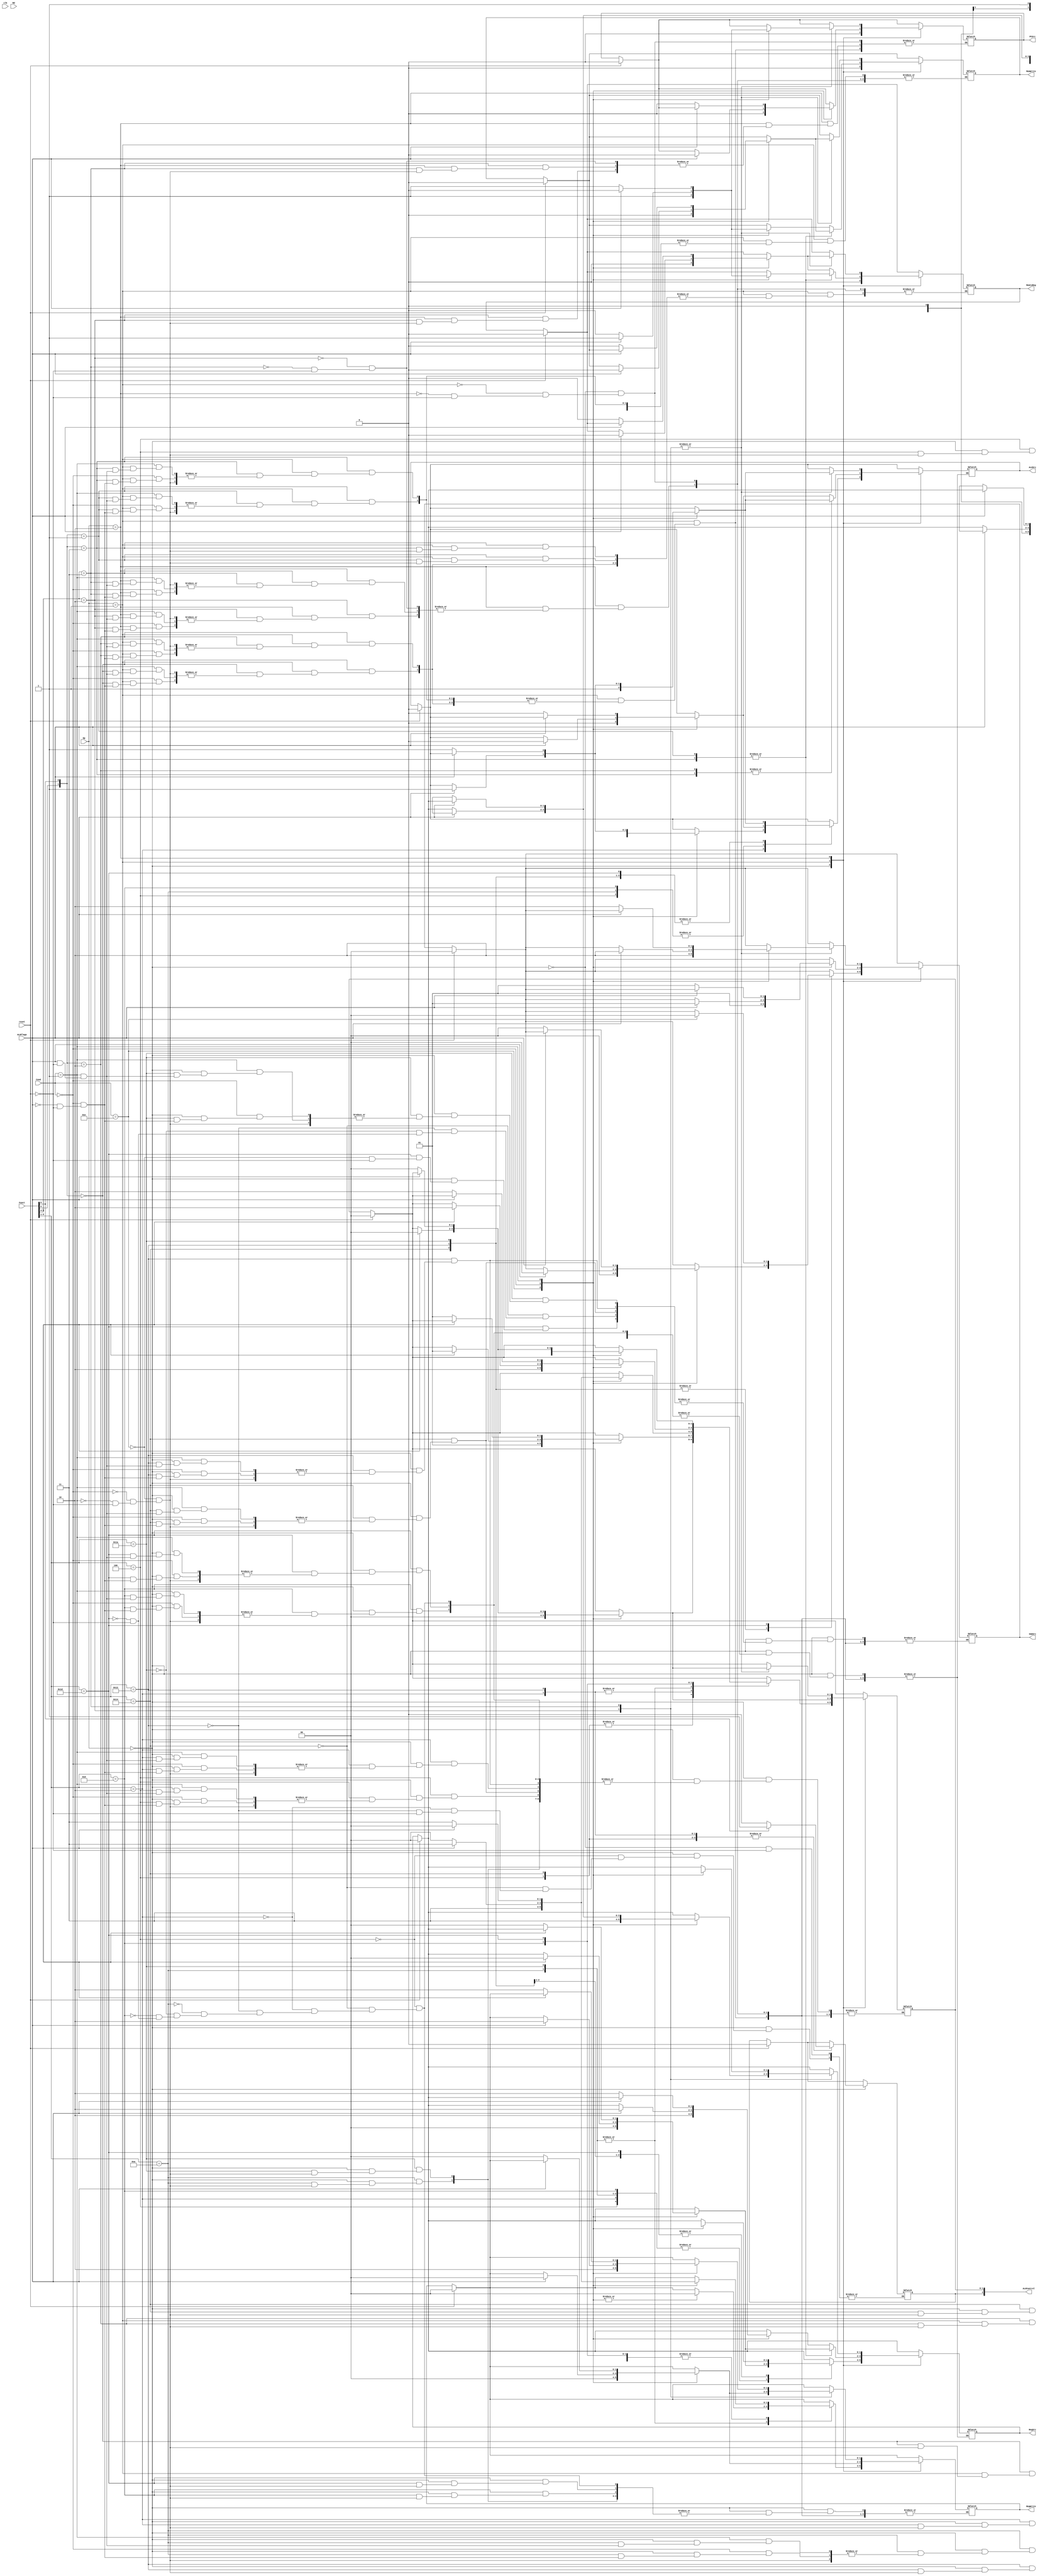
module ControlUnit(
	input clk, reset,
	input [3:0] Cond,
	input [2:0] Op,
	input [5:0] Funct,
	input [3:0] Rd,
	input ALUFlags,
    output reg [1:0] RegSrc,
    output reg [1:0] RegWrite,
    output reg [1:0] ImmSrc,
    output reg ALUSrc,
    output reg [2:0] ALUControl,
    output reg MemWrite,
	output reg MemtoReg,
    output reg PCSrc);
	//first check the OP
	//then Funct
	//then condcheck
	 


always @(*)
begin
	if(reset ==1'b1)
	begin
		RegSrc = 2'b00;
		ALUControl[2] = 0;
		ALUControl[1:0] = 2'b00;
		PCSrc = 1'b0;
		MemtoReg = 1'b0;
		MemWrite = 1'b0;
		ALUSrc = 1'b0;
		ImmSrc = 2'b00;
		RegWrite = 2'b00;
	end
	case (Op)
		2'b00://ADD,SUB,CMP,MOV
		begin
		PCSrc = 1'b0;
		MemtoReg = 1'b0;
		MemWrite = 1'b0;
		casex(Funct)
			6'b00100x://ADD
			begin 
				casex(Cond)//AL, EQ, NE
				4'b1110://ADDAL
				begin
					ALUSrc = 1'b0;
					ALUControl[1:0] = 2'b00;
					//IMMSRC DONTCARE
					RegWrite = 2'b11; //REGWRITE 1bit?
					RegSrc = 2'b00;
				end
				4'b0000://ADDEQ
				begin
					if(ALUFlags==1)
					begin
						ALUSrc = 1'b0;
						ALUControl[1:0] = 2'b00;
						//IMMSRC DONTCARE
						RegWrite = 2'b11; //REGWRITE 1bit?
						RegSrc = 2'b00;
					end
					else
					begin
						RegWrite = 2'b00;
						//others, dont care
					end
				end
				4'b0001://ADDNE
				begin
					if(ALUFlags==0)
					begin
						ALUSrc = 1'b0;
						ALUControl[1:0] = 2'b00;
						//IMMSRC DONTCARE
						RegWrite = 2'b11; //REGWRITE 1bit?
						RegSrc = 2'b00;
					end
					else
					begin
						RegWrite = 2'b00;
						//others, dont care
					end
				end
				endcase
				if(Funct[0]==1)
				begin
					ALUControl[2] = 1; //if this is 1, update flag
				end
				else begin
					ALUControl[2] = 0;
				end
			end
			6'b10100x://ADDi
			begin 
				casex(Cond)//AL, EQ, NE
				4'b1110://ADDiAL
				begin
					ALUSrc = 1'b1;
					ALUControl[1:0] = 2'b00;
					ImmSrc = 2'b00;
					RegWrite = 2'b11; //REGWRITE 1bit?
					RegSrc = 2'bx0; //REGSRC[1] is DC
				end
				4'b0000://ADDiEQ
				begin
					if(ALUFlags==1)
					begin
						ALUSrc = 1'b1;
						ALUControl[1:0] = 2'b00;
						ImmSrc = 2'b00;
						RegWrite = 2'b11; //REGWRITE 1bit?
						RegSrc = 2'bx0;
					end
					else
					begin
						RegWrite = 2'b00;
						//others, dont care
					end
				end
				4'b0001://ADDiNE
				begin
					if(ALUFlags==0)
					begin
						ALUSrc = 1'b1;
						ALUControl[1:0] = 2'b00;
						ImmSrc = 2'b00;
						RegWrite = 2'b11; //REGWRITE 1bit?
						RegSrc = 2'bx0;
					end
					else
					begin
						RegWrite = 2'b00;
						//others, dont care
					end
				end
				endcase
				if(Funct[0]==1)
				begin
					ALUControl[2] = 1; //if this is 1, update flag
				end
				else begin
					ALUControl[2] = 0;
				end
			end
			6'b00010x://SUB
			begin
				casex(Cond)//AL, EQ, NE
				4'b1110://SUBAL
				begin
					ALUSrc = 1'b0;
					ALUControl[1:0] = 2'b01;
					//IMMSRC DONTCARE
					RegWrite = 2'b11; //REGWRITE 1bit?
					RegSrc = 2'b00;
				end
				4'b0000://SUBEQ
				begin
					if(ALUFlags==1)
					begin
						ALUSrc = 1'b1;
						ALUControl[1:0] = 2'b01;
						//IMMSRC DONTCARE
						RegWrite = 2'b11; //REGWRITE 1bit?
						RegSrc = 2'b00;
					end
					else
					begin
						RegWrite = 2'b00;
						//others, dont care
					end
				end
				4'b0001://SUBNE
				begin
					if(ALUFlags==0)
					begin
						ALUSrc = 1'b1;
						ALUControl[1:0] = 2'b01;
						//IMMSRC DONTCARE
						RegWrite = 2'b11; //REGWRITE 1bit?
						RegSrc = 2'b00;
					end
					else
					begin
						RegWrite = 2'b00;
						//others, dont care
					end
				end
				endcase
				if(Funct[0]==1)
				begin
					ALUControl[2] = 1; //if this is 1, update flag
				end
				else begin
					ALUControl[2] = 0;
				end
			end
			6'b10010x://SUBi
			begin
				casex(Cond)//AL, EQ, NE
				4'b1110://SUBiAL
				begin
					ALUSrc = 1'b1;
					ALUControl[1:0] = 2'b01;
					ImmSrc = 2'b00;
					RegWrite = 2'b11; //REGWRITE 1bit?
					RegSrc = 2'bx0;
				end
				4'b0000://SUBiEQ
				begin
					if(ALUFlags==1)
					begin
						ALUSrc = 1'b1;
						ALUControl[1:0] = 2'b01;
						ImmSrc = 2'b00;
						RegWrite = 2'b11; //REGWRITE 1bit?
						RegSrc = 2'bx0;
					end
					else
					begin
						RegWrite = 2'b00;
						//others, dont care??
					end
				end
				4'b0001://SUBiNE
				begin
					if(ALUFlags==0)
					begin
						ALUSrc = 1'b1;
						ALUControl[1:0] = 2'b01;
						ImmSrc = 2'b00;
						RegWrite = 2'b11; //REGWRITE 1bit?
						RegSrc = 2'bx0;
					end
					else
					begin
						RegWrite = 2'b00;
						//others, dont care??
					end
				end
				endcase
				if(Funct[0]==1)
				begin
					ALUControl[2] = 1; //if this is 1, update flag
				end
				else begin
					ALUControl[2] = 0;
				end
			end
			6'b01010x://CMP
			begin
				casex(Cond)//AL, EQ, NE
				4'b1110://CMPAL
				begin
					ALUControl[1:0] = 2'b11;
					ALUSrc = 1'b0; //cmpi -> 1
					//IMMSRC DONTCARE
					RegWrite = 2'b00;
					RegSrc = 2'b00; //CMPi -> DC

				end
				4'b0000://CMPEQ
				begin
					if(ALUFlags==1)
					begin
						ALUSrc = 1'b0;
						ALUControl[1:0] = 2'b11;
						//IMMSRC DONTCARE
						RegWrite = 2'b00; 
						RegSrc = 2'b00; //CMPi -> DC
					end
					else
					begin
						RegWrite = 2'b00;
						ALUControl[1:0] = 2'b00; // NOT TO update flags -> NOT 11
						//others, dont care??
					end
				end
				4'b0001://CMPNE
				begin
					if(ALUFlags==0)
					begin
						ALUSrc = 1'b0;
						ALUControl[1:0] = 2'b11;
						//IMMSRC DONTCARE
						RegWrite = 2'b00; 
						RegSrc = 2'b00; //CMPi -> DC
					end
					else
					begin
						RegWrite = 2'b00;
						ALUControl[1:0] = 2'b00; // NOT TO update flags -> NOT 11
						//others, dont care??
					end
				end
				endcase
			end
			6'b11010x://CMPi
			begin
				casex(Cond)//AL, EQ, NE
				4'b1110://CMPiAL
				begin
					ALUSrc = 1'b1;
					ALUControl[1:0] = 2'b11;
					ImmSrc = 2'b00;
					RegWrite = 2'b00;
					RegSrc = 2'b00;
				end
				4'b0000://CMPiEQ
				begin
					if(ALUFlags==1)
					begin
						ALUSrc = 1'b1;
						ALUControl[1:0] = 2'b11;
						ImmSrc = 2'b00;
						RegWrite = 2'b00; 
						RegSrc = 2'b00; //CMPi -> DC
					end
					else
					begin
						RegWrite = 2'b00;
						ALUControl[1:0] = 2'b00; // NOT TO update flags -> NOT 11
						//others, dont care??
					end
				end
				4'b0001://CMPiNE
				begin
					if(ALUFlags==0)
					begin
						ALUSrc = 1'b1;
						ALUControl[1:0] = 2'b11;
						ImmSrc = 2'b00;
						RegWrite = 2'b00; 
						RegSrc = 2'b00; //CMPi -> DC
					end
					else
					begin
						RegWrite = 2'b00;
						ALUControl[1:0] = 2'b00; // NOT TO update flags -> NOT 11
						//others, dont care??
					end
				end
				endcase
			end
			6'b01101x://MOV
			begin
				casex(Cond)//AL, EQ, NE
				4'b1110://MOVAL
				begin
					ALUControl[1:0] = 2'b10;
					ALUSrc = 1'b0;
					//IMMSRC DONTCARE
					RegWrite = 2'b11;
					RegSrc = 2'b00;
				end
				4'b0000://MOVEQ
				begin
					if(ALUFlags==1)
					begin
						ALUSrc = 1'b0;
						ALUControl[1:0] = 2'b10;
						RegWrite = 2'b11; 
						RegSrc = 2'b00; 
					end
					else
					begin
						RegWrite = 2'b00; //not write on reg -->meaning instr is not execute
						//others, dont care??
					end
				end
				4'b0001://MOVNE
				begin
					if(ALUFlags==0)
					begin
						ALUSrc = 1'b0;
						ALUControl[1:0] = 2'b10;
						RegWrite = 2'b11; 
						RegSrc = 2'b00; 
					end
					else
					begin
						RegWrite = 2'b00; //not write on reg -->meaning instr is not execute
						//others, dont care??
					end
				end
				endcase
			end
			6'b11101x://MOVi
			begin
				casex(Cond)//AL, EQ, NE
				4'b1110://MOViAL
				begin
					ALUControl[1:0] = 2'b10;
					ALUSrc = 1'b1;
					ImmSrc = 2'b00;
					RegWrite = 2'b11;
					RegSrc = 2'bx0;
				end
				4'b0000://MOViEQ
				begin
					if(ALUFlags==1)
					begin
						ALUSrc = 1'b1;
						ALUControl[1:0] = 2'b00;
						RegWrite = 2'b11; 
						RegSrc = 2'bx0; 
					end
					else
					begin
						RegWrite = 2'b00; //not write on reg -->meaning instr is not execute
						//others, dont care??
					end
				end
				4'b0001://MOViNE
				begin
					if(ALUFlags==0)
					begin
						ALUSrc = 1'b1;
						ALUControl[1:0] = 2'b00;
						RegWrite = 2'b11; 
						RegSrc = 2'bx0; 
					end
					else
					begin
						RegWrite = 2'b00; //not write on reg -->meaning instr is not execute
						//others, dont care??
					end
				end
				endcase
			end
		endcase
		end

		2'b01: //STR,LDR
		begin
		casex(Funct)
			6'b0xxxx0://STR
			begin
				casex(Cond)//AL, EQ, NE
				4'b1110://STRAL
				begin
					PCSrc = 1'b0;
					MemtoReg = 1'b0;
					MemWrite = 1'b1;
					ALUControl[1:0] = 2'b00;
					ALUSrc = 1'b0;
					ImmSrc = 2'b01;
					RegWrite = 2'b00;
					RegSrc = 2'b10;
				end
				4'b0000://STREQ
				begin
					if(ALUFlags==1)
					begin
						PCSrc = 1'b0;
						MemtoReg = 1'b0;
						MemWrite = 1'b1;
						ALUControl[1:0] = 2'b00;
						ALUSrc = 1'b0;
						ImmSrc = 2'b01;
						RegWrite = 2'b00;
						RegSrc = 2'b10;
					end
					else
					begin//How to not excute instruction?
					//Maybe inverse 0 to 1 memwrite
						MemWrite = 1'b0;
					end
				end
				4'b0001://STRNE
				begin
					if(ALUFlags==0)
					begin
						PCSrc = 1'b0;
						MemtoReg = 1'b0;
						MemWrite = 1'b1;
						ALUControl[1:0] = 2'b00;
						ALUSrc = 1'b0;
						ImmSrc = 2'b01;
						RegWrite = 2'b00;
						RegSrc = 2'b10;
					end
					else
					begin//How to not excute instruction?
					//Maybe inverse 0 to 1 memwrite
						MemWrite = 1'b0;
					end
				end
				endcase
			end
			6'b1xxxx0://STRi
			begin
				casex(Cond)//AL, EQ, NE
				4'b1110://STRiAL
				begin
					PCSrc = 1'b0;
					MemtoReg = 1'b0;
					MemWrite = 1'b1;
					ALUControl[1:0] = 2'b00;
					ALUSrc = 1'b1;
					ImmSrc = 2'b01;
					RegWrite = 2'b00;
					RegSrc = 2'b10;
				end
				4'b0000://STRiEQ
				begin
					if(ALUFlags==1)
					begin
						PCSrc = 1'b0;
						MemtoReg = 1'b0;
						MemWrite = 1'b1;
						ALUControl[1:0] = 2'b00;
						ALUSrc = 1'b1;
						ImmSrc = 2'b01;
						RegWrite = 2'b00;
						RegSrc = 2'b10;
					end
					else
					begin//How to not excute instruction?
					//Maybe inverse 0 to 1 memwrite
						MemWrite = 1'b0;
					end
				end
				4'b0001://STRiNE
				begin
					if(ALUFlags==0)
					begin
						PCSrc = 1'b0;
						MemtoReg = 1'b0;
						MemWrite = 1'b1;
						ALUControl[1:0] = 2'b00;
						ALUSrc = 1'b1;
						ImmSrc = 2'b01;
						RegWrite = 2'b00;
						RegSrc = 2'b10;
					end
					else
					begin//How to not excute instruction?
					//Maybe inverse 0 to 1 memwrite
						MemWrite = 1'b0;
					end
				end
				endcase
			end
			6'b0xxxx1://LDR
			begin
				casex(Cond)//AL, EQ, NE
				4'b1110://LDRAL
				begin
					PCSrc = 1'b0;
					MemtoReg = 1'b1;
					MemWrite = 1'b0;
					ALUControl[1:0] = 2'b00;
					ALUSrc = 1'b0;
					ImmSrc = 2'b01;
					RegWrite = 2'b00;
					RegSrc = 2'b00;
				end
				4'b0000://LDREQ
				begin
					if(ALUFlags==1)
					begin
						PCSrc = 1'b0;
						MemtoReg = 1'b1;
						MemWrite = 1'b0;
						ALUControl[1:0] = 2'b00;
						ALUSrc = 1'b0;
						ImmSrc = 2'b01;
						RegWrite = 2'b00;
						RegSrc = 2'b00;
					end
					else
					begin//How to not excute instruction?
					//Maybe inverse 0 to 1 memtoreg
						MemtoReg = 1'b0;
					end
				end
				4'b0001://LDRNE
				begin
					if(ALUFlags==0)
					begin
						PCSrc = 1'b0;
						MemtoReg = 1'b1;
						MemWrite = 1'b0;
						ALUControl[1:0] = 2'b00;
						ALUSrc = 1'b0;
						ImmSrc = 2'b01;
						RegWrite = 2'b00;
						RegSrc = 2'b00;
					end
					else
					begin//How to not excute instruction?
					//Maybe inverse 0 to 1 memtoreg
						MemtoReg = 1'b0;
					end
				end
				endcase
			end
			6'b1xxxx1://LDRi
			begin
				casex(Cond)//AL, EQ, NE
				4'b1110://LDRiAL
				begin
					PCSrc = 1'b0;
					MemtoReg = 1'b1;
					MemWrite = 1'b0;
					ALUControl[1:0] = 2'b00;
					ALUSrc = 1'b1;
					ImmSrc = 2'b01;
					RegWrite = 2'b00;
					RegSrc = 2'b00;
				end
				4'b0000://LDRiEQ
				begin
					if(ALUFlags==1)
					begin
						PCSrc = 1'b0;
						MemtoReg = 1'b1;
						MemWrite = 1'b0;
						ALUControl[1:0] = 2'b00;
						ALUSrc = 1'b1;
						ImmSrc = 2'b01;
						RegWrite = 2'b00;
						RegSrc = 2'b00;
					end
					else
					begin//How to not excute instruction?
					//Maybe inverse 0 to 1 memtoreg
						MemtoReg = 1'b0;
					end
				end
				4'b0001://LDRiNE
				begin
					if(ALUFlags==0)
					begin
						PCSrc = 1'b0;
						MemtoReg = 1'b1;
						MemWrite = 1'b0;
						ALUControl[1:0] = 2'b00;
						ALUSrc = 1'b1;
						ImmSrc = 2'b01;
						RegWrite = 2'b00;
						RegSrc = 2'b00;
					end
					else
					begin//How to not excute instruction?
					//Maybe inverse 0 to 1 memtoreg
						MemtoReg = 1'b0;
					end
				end
				endcase
			end
			endcase
		end

		2'b10: //B,BL
		begin
			casex(Funct[5:4])
			2'b10: //B
			begin
				casex(Cond)//AL, EQ, NE
				4'b1110://BAL
				begin
					PCSrc = 1'b1;
					MemtoReg = 1'b0;
					MemWrite = 1'b0;
					ALUControl[1:0] = 2'b00;
					ALUSrc = 1'b1;
					ImmSrc = 2'b10;
					RegWrite = 2'b00;
					RegSrc = 2'b11;
				end
				4'b0000://BEQ
				begin	
					if(ALUFlags==1)
					begin
						PCSrc = 1'b1;
						MemtoReg = 1'b0;
						MemWrite = 1'b0;
						ALUControl[1:0] = 2'b00;
						ALUSrc = 1'b1;
						ImmSrc = 2'b10;
						RegWrite = 2'b00;
						RegSrc = 2'bx1;
					end
					else
					begin//How to not excute instruction?
					//Maybe inverse 1 to 0 pcsrc
						PCSrc = 1'b0;
					end
				end
				4'b0001://BNE
				begin
					if(ALUFlags==0)
					begin
						PCSrc = 1'b1;
						MemtoReg = 1'b0;
						MemWrite = 1'b0;
						ALUControl[1:0] = 2'b00;
						ALUSrc = 1'b1;
						ImmSrc = 2'b10;
						RegWrite = 2'b00;
						RegSrc = 2'bx1;
					end
					else
					begin//How to not excute instruction?
					//Maybe inverse 1 to 0 pcsrc
						PCSrc = 1'b0;
					end
				end
				endcase
			end
			2'b11: //BL
			begin
				casex(Cond)//AL, EQ, NE
				4'b1110://BLAL
				begin
					PCSrc = 1'b1;
					MemtoReg = 1'b0;
					MemWrite = 1'b0;
					ALUControl[1:0] = 2'b00;
					ALUSrc = 1'b1;
					ImmSrc = 2'b10;
					RegWrite = 2'b10;
					RegSrc = 2'bx1;
				end
				4'b0000://BLEQ
				begin
					if(ALUFlags==1)
					begin
						PCSrc = 1'b1;
						MemtoReg = 1'b0;
						MemWrite = 1'b0;
						ALUControl[1:0] = 2'b00;
						ALUSrc = 1'b1;
						ImmSrc = 2'b10;
						RegWrite = 2'b10;
						RegSrc = 2'bx1;
					end
					else
					begin//How to not excute instruction?
					//Maybe inverse 1 to 0 pcsrc
						PCSrc = 1'b0;
					end
				end
				4'b0001://BLNE
				begin
					if(ALUFlags==0)
					begin
						PCSrc = 1'b1;
						MemtoReg = 1'b0;
						MemWrite = 1'b0;
						ALUControl[1:0] = 2'b00;
						ALUSrc = 1'b1;
						ImmSrc = 2'b10;
						RegWrite = 2'b10;
						RegSrc = 2'bx1;
					end
					else
					begin//How to not excute instruction?
					//Maybe inverse 1 to 0 pcsrc
						PCSrc = 1'b0;
					end
				end
				endcase
			end
			endcase
		end 
		default:
		begin

		end 
	endcase

end


endmodule